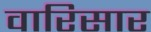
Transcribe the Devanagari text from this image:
वारिसार